Investigations on Bengal jail dietaries - Number 37
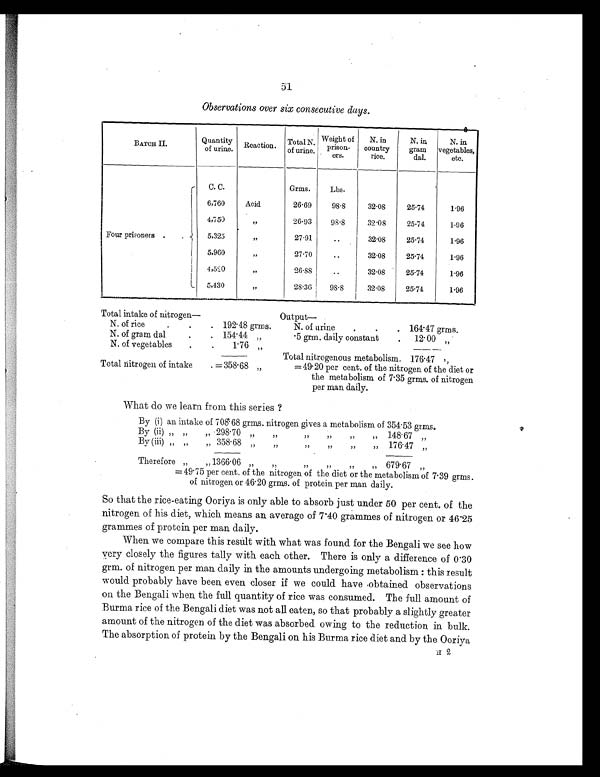
51
Observations over six consecutive days.
BATCH II.
Quantity
of urine. Reaction. Total N.
of urine.
Weight of
prison-
ers.
N. in
country
rice.
N. in
gram
dal.
N. in
vegetables,
etc.
Four prisoners .
.
C. C.
Grms.
Lbs.
6,760
Acid
26.69
98.8
32.08
25.74
1.96
4,750
„
26.93
98.8
32.08
25.74
1.96
5,325
„
27.91
..
32.08
25.74
1.96
5,960
„
27.70
..
32.08
25.74
1.96
4,520
„
26.88
..
32.08
25.74
1.96
5,430
„
28.36
98.8
32.08
25.74
1.96
Tot al i nt ake of ni t rogen—
Output
—
N. of rice
.
. . 192.48 grms.
N. of urine
.
.
. 164.47 grms.
N. of gram dal
. . 154.44 „
.5 grm. daily constant
.
12.00 „
N. of vegetables
.
.
1.76 „
Total nitrogenous metabolism. 176.47 ,,
Total nitrogen of intake . =358.68 „
=49.20 per cent. of the nitrogen of the diet or
the metabolism of 7.35 grms. of nitrogen
per man daily.
What do we learn from this series ?
By (i) an intake of 708.68 grms. nitrogen gives a metabolism of 354.53 grms.
By (ii) „ „ „ 298.70 „ „ „ „ „ „ 148.67 „
By (iii) „ „ „ 358.68 „ „ „ „
„ „ 176.47 „
Therefore „ „ 1366.06 „ „ „ „ „ „679.67
„
= 49.75 per cent. of the nitrogen of the diet or the metabolism of 7.39 grms.
of nitrogen or 46.20 grms. of protein per man daily.
So that the rice-eating Ooriya is only able to absorb just under 50 per cent. of the
nitrogen of his diet, which means an average of 7.40 grammes of nitrogen or 46.25
grammes of protein per man daily.
When we compare this result with what was found for the Bengali we see how
very closely the figures tally with each other. There is only a difference of 0.30
grm. of nitrogen per man daily in the amounts undergoing metabolism : this result
would probably have been even closer if we could have obtained observations
on the Bengali when the full quantity of rice was consumed. The full amount of
Burma rice of the Bengali diet was not all eaten, so that probably a slightly greater
amount of the nitrogen of the diet was absorbed owing to the reduction in bulk.
The absorption of protein by the Bengali on his Burma rice diet and by the Ooriya
H 2